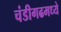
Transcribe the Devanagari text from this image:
चंडीगढमध्ये